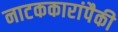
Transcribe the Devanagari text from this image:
नाटककारांपैकी